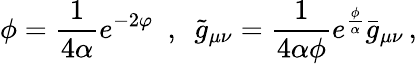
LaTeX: \phi=\frac{1}{4\alpha}e^{-2\varphi}\, \, \, ,\, \, \, \tilde{g}_{\mu\nu}=\frac{1}{4\alpha\phi}e^{\frac{\phi}{\alpha}}\bar{g}_{\mu\nu}\, ,